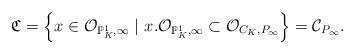
LaTeX: \begin{align*}\mathfrak{C}=\left\{ x\in \mathcal{O}_{\mathbb{P}^1_{K}, \infty} \ | \ x.\mathcal{O}_{\mathbb{P}^1_{K}, \infty} \subset \mathcal{O}_{C_K, P_{\infty}} \right\}=\mathcal{C}_{P_\infty}.\end{align*}